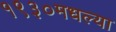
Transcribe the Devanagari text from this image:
१९३०मधल्या